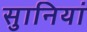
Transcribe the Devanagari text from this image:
सुानियां